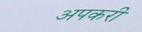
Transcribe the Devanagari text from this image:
अपकरी